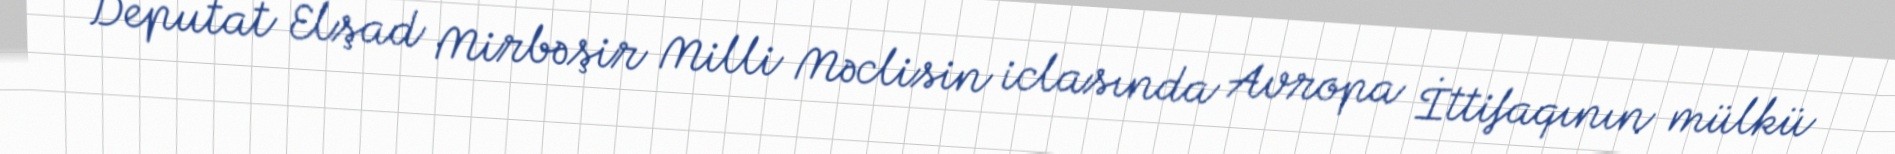
Deputat Elşad Mirbəşir Milli Məclisin iclasında Avropa İttifaqının mülkü